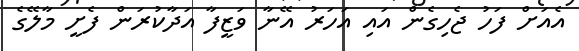
އެއަށް ފަހު ޖެހިގެން އައި އަހަރު އޭނާ ވަޒީފާ އަދާކުރަން ފެށީ މާލޭގެ